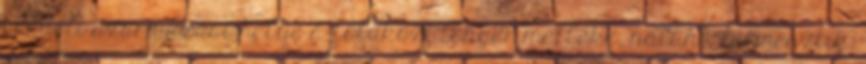
Eredeti származási helye a földközi tenger melléke, nálunk termesztik.